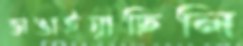
ভাঙাইয়াছিলি